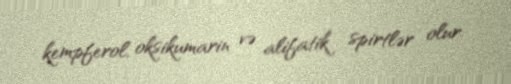
kempferol, oksikumarin və alifatik spirtlər olur.